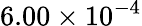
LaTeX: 6.00\times 10^{-4}